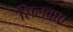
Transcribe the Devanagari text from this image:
सिलवाए